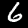
Digit: 6